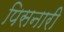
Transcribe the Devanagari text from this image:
पिसनारी